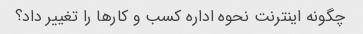
چگونه اینترنت نحوه اداره کسب و کارها را تغییر داد؟